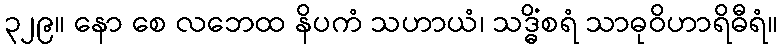
၃၂၉။ နော စေ လဘေထ နိပကံ သဟာယံ၊ သဒ္ဓိံစရံ သာဓုဝိဟာရိဓီရံ။